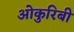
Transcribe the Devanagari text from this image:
ओकुरिबी